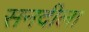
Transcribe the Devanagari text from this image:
सनदीला